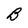
Character: B